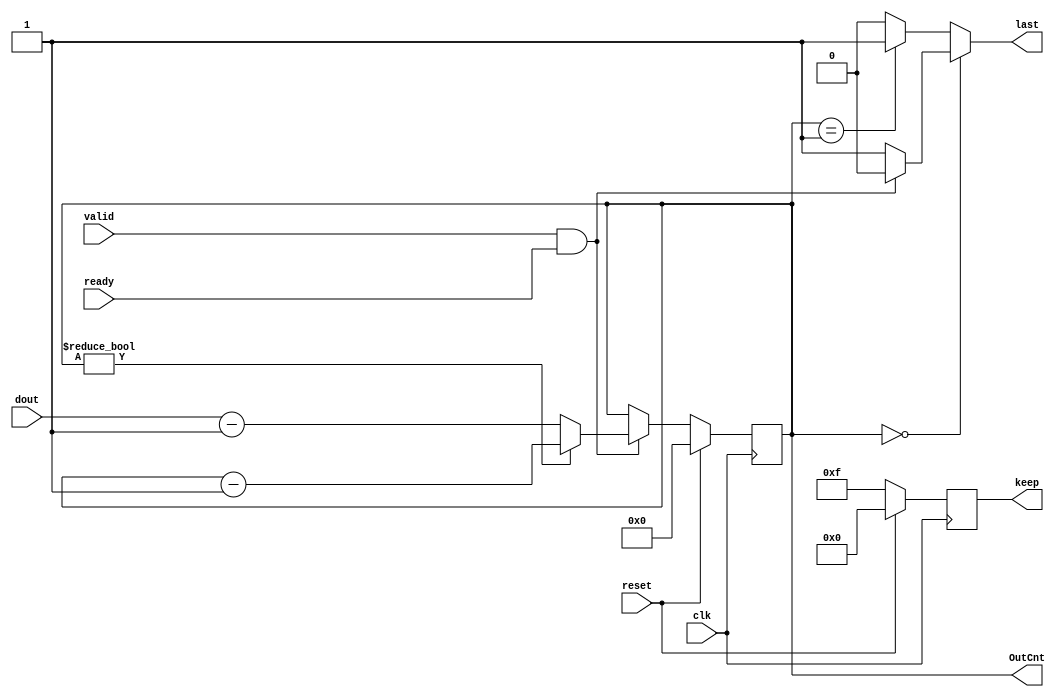
`timescale 1ns / 1ps
//////////////////////////////////////////////////////////////////////////////////
// Company: 
// Engineer: 
// 
// Design Name: 
// Module Name: dma_converter
// Project Name: 
// Target Devices: 
// Tool Versions: 
// Description: 
// 
// Dependencies: 
// 
// Revision:
// Revision 0.01 - File Created
// Additional Comments:
// 
//////////////////////////////////////////////////////////////////////////////////


module dma_converter(
    input clk,
    input reset,
    
    output last,
    output reg [3:0] keep,
    
    input [31:0] dout,
    input valid,
    input ready,
    
    output reg [31:0] OutCnt

    );

    always@(posedge clk/* or negedge reset*/) begin
        if(reset)
            OutCnt <= 0;
        else begin
            if(valid && ready) begin
                if(OutCnt)
                    OutCnt <= OutCnt - 1;
                else
                    OutCnt <= dout - 1;
            end else begin
                OutCnt <= OutCnt;
            end
        end
    end
    
    /*always@(*) begin
        if(OutCnt == 0)
            last = 1;
        else
            last = 0;
    end*/
    assign last = (!OutCnt)? ((valid && ready)? 0 : 1) : ((OutCnt == 1)? 1 : 0);
    
    always@(posedge clk/* or negedge reset*/) begin
        if(reset)
            keep <= 0;
        else
            keep <= 4'b1111;
    end
endmodule